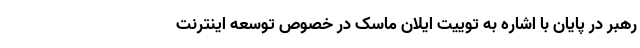
رهبر در پایان با اشاره به توییت ایلان ماسک در خصوص توسعه اینترنت